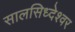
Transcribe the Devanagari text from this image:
सालसिध्‍देश्‍वर